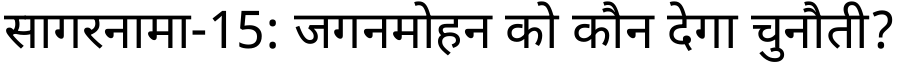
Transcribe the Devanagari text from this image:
सागरनामा-15: जगनमोहन को कौन देगा चुनौती?